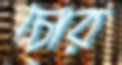
চোর